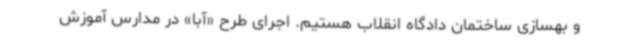
و بهسازی ساختمان دادگاه انقلاب هستیم. اجرای طرح «آبا» در مدارس آموزش